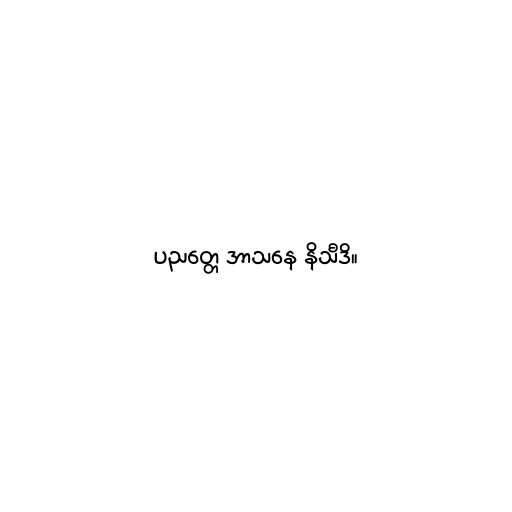
ပညတ္တေ အာသနေ နိသီဒိ။